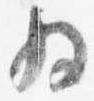
為